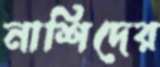
নাশিদের